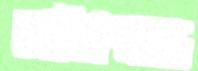
হাইকমান্ড